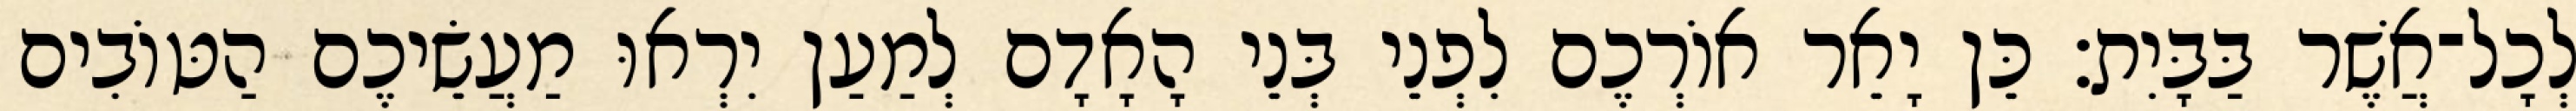
לְכָל־אֲשֶׁר בַּבָּיִת׃ כֵּן יָאֵר אוֹרְכֶם לִפְנֵי בְּנֵי הָאָדָם לְמַעַן יִרְאוּ מַעֲשֵׂיכֶם הַטּוֹבִים